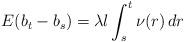
LaTeX: \begin{align*} E(b_{t}-b_{s})= \lambda l \int_{s}^{t} \nu(r)\,dr \end{align*}